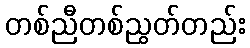
တစ်ညီတစ်ညွတ်တည်း